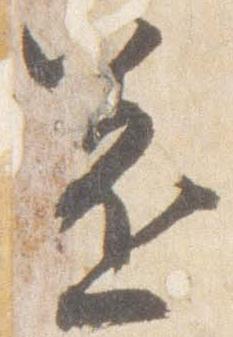
還